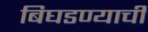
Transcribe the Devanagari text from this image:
बिघडण्याची